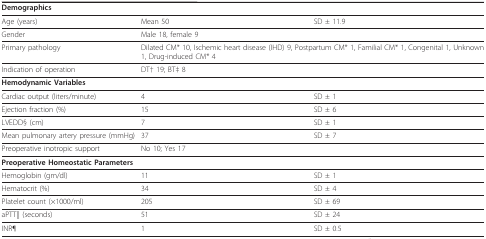
<table><thead><tr><td colspan="3"><b>Demographics</b></td></tr></thead><tbody><tr><td>Age (years)</td><td>Mean 50</td><td>SD ± 11.9</td></tr><tr><td>Gender</td><td colspan="2">Male 18, female 9</td></tr><tr><td>Primary pathology</td><td colspan="2">Dilated CM* 10, Ischemic heart disease (IHD) 9, Postpartum CM* 1, Familial CM* 1, Congenital 1, Unknown 1, Drug-induced CM* 4</td></tr><tr><td>Indication of operation</td><td colspan="2">DT† 19; BT‡ 8</td></tr><tr><td colspan="3"><b>Hemodynamic Variables</b></td></tr><tr><td>Cardiac output (liters/minute)</td><td>4</td><td>SD ± 1</td></tr><tr><td>Ejection fraction (%)</td><td>15</td><td>SD ± 6</td></tr><tr><td>LVEDD§ (cm)</td><td>7</td><td>SD ± 1</td></tr><tr><td>Mean pulmonary artery pressure (mmHg)</td><td>37</td><td>SD ± 7</td></tr><tr><td>Preoperative inotropic support</td><td colspan="2">No 10; Yes 17</td></tr><tr><td colspan="3"><b>Preoperative Homeostatic Parameters</b></td></tr><tr><td>Hemoglobin (gm/dl)</td><td>11</td><td>SD ± 1</td></tr><tr><td>Hematocrit (%)</td><td>34</td><td>SD ± 4</td></tr><tr><td>Platelet count (×1000/ml)</td><td>205</td><td>SD ± 69</td></tr><tr><td>aPTT|| (seconds)</td><td>51</td><td>SD ± 24</td></tr><tr><td>INR¶</td><td>1</td><td>SD ± 0.5</td></tr></tbody></table>